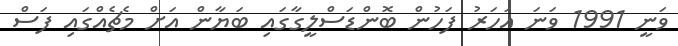
ވަނީ 1991 ވަނަ އަހަރު ފަހުން ބޮންޑަސްލީގާގައި ބަޔާން އަށް މެޗެއްގައި ފަސް